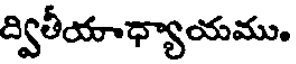
ద్వితీయాధ్యాయము.